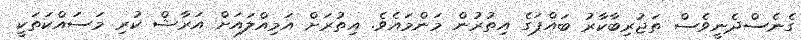
ގެނެސްދެނީވެސް ތަޖުރިބާކާރު ބައްޕަގެ އިތުރުން މަންމައެވެ. އިތުރަށް އަމިއްލައަށް އަރާޝް ކުރި މަސައްކަތަކީ